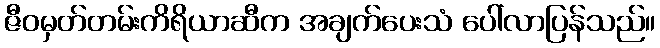
ဇီဝမှတ်တမ်းကိရိယာဆီက အချက်ပေးသံ ပေါ်လာပြန်သည်။